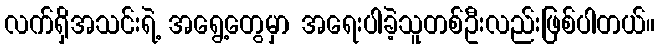
လက်ရှိအသင်းရဲ့ အရွေ့တွေမှာ အရေးပါခဲ့သူတစ်ဦးလည်းဖြစ်ပါတယ်။